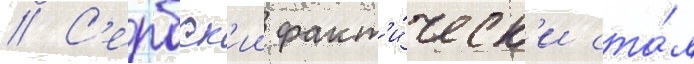
// С'ербск'ии факт'и́ческ'и ста́л